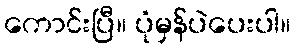
ကောင်းပြီ။ ပုံမှန်ပဲပေးပါ။